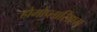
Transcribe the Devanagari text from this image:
होमोप्लासिएस